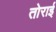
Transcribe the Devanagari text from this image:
तोराई